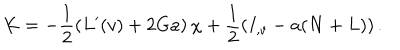
K = - \frac { 1 } { 2 } \left( L ^ { \prime } ( v ) + 2 G a \right) \chi + \frac { 1 } { 2 } \left( I _ { , v } - a ( N + L ) \right) .